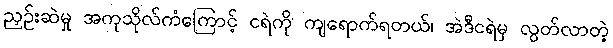
ညှဉ်းဆဲမှု အကုသိုလ်ကံကြောင့် ငရဲကို ကျရောက်ရတယ်၊ အဲဒီငရဲမှ လွတ်လာတဲ့